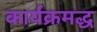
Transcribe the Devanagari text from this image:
कार्यक्रमद्ध